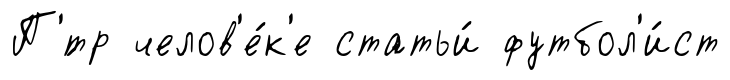
П'́тр челов'е́к'е статьи́ футбол'и́ст